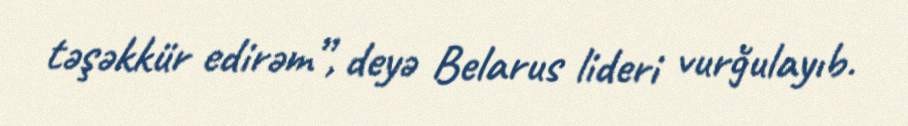
təşəkkür edirəm”, deyə Belarus lideri vurğulayıb.